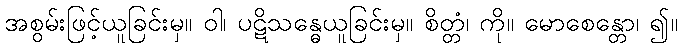
အစွမ်းဖြင့်ယူခြင်းမှ။ ဝါ၊ ပဋိသန္ဓေယူခြင်းမှ။ စိတ္တံ၊ ကို။ မောစေန္တော၊ ၍။